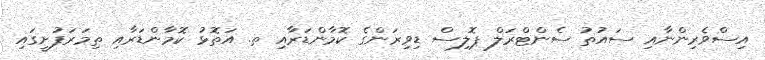
އިސްވެރިންނާއި ސައުތު ސެންޓްރަލް ޕޮލިސް ޑިވިޜަންގެ ކޮމާންޑަރާއި ތ. އަތޮޅު ކޮމާންޑަރާއި ތިމަރަފުށީގައި